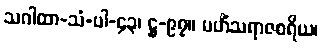
သဂါထာ-သံ-ပါ-၄၃၊ ဋ္ဌ-၉၇။ မဟိံသရာဇစရိယ၊